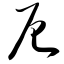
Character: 厄